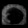
Digit: ၀